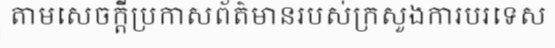
តាមសេចក្តីប្រកាសព័ត៌មានរបស់ក្រសួងការបរទេស